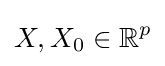
X,X_{0}\in \mathbb {R} ^{p}